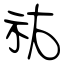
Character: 祐